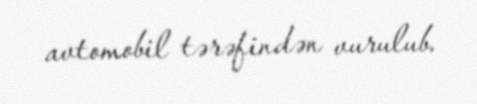
avtomobil tərəfindən vurulub.